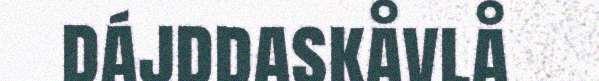
dájddaskåvlå